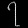
Digit: ၇